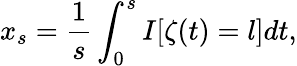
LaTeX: x_{s}=\frac{1}{s}\int_{0}^{s}I[\zeta(t)=l]dt,